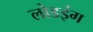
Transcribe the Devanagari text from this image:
लोडइंग